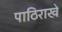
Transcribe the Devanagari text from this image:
पाठिराखे